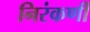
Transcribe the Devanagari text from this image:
निरंकर्णी